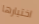
اختيارها